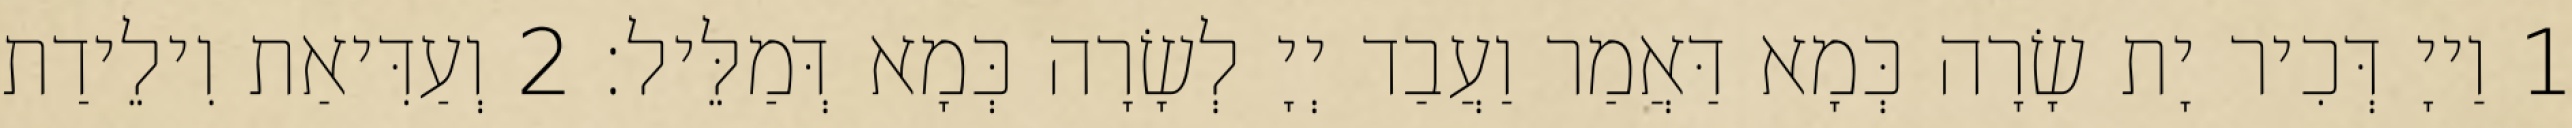
1 וַייָ דְּכִיר יָת שָׂרָה כְּמָא דַּאֲמַר וַעֲבַד יְיָ לְשָׂרָה כְּמָא דְּמַלֵּיל׃ 2 וְעַדִּיאַת וִילֵידַת